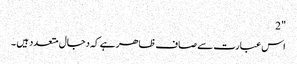
" 2
اس عبارت سے صاف ظاھر ہے کہ دجال متعدد ہیں ۔